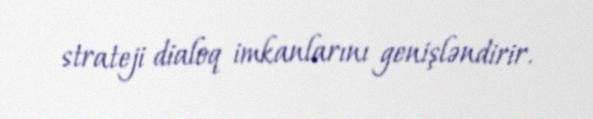
strateji dialoq imkanlarını genişləndirir.